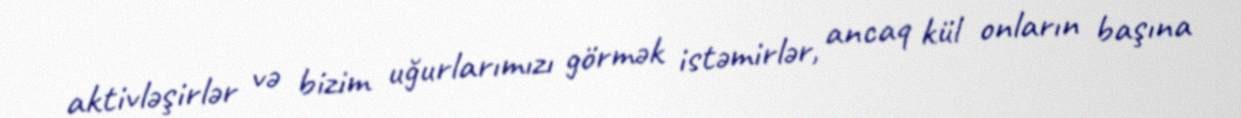
aktivləşirlər və bizim uğurlarımızı görmək istəmirlər, ancaq kül onların başına